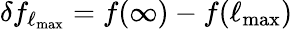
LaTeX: \delta f_{\ell_{\mathrm{max}}}=f(\infty)-f(\ell_{\mathrm{max}})